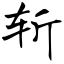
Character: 斩